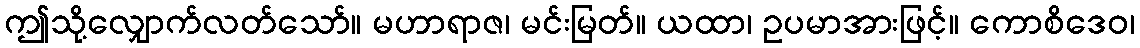
ဤသို့လျှောက်လတ်သော်။ မဟာရာဇ၊ မင်းမြတ်။ ယထာ၊ ဥပမာအားဖြင့်။ ကောစိဒေဝ၊